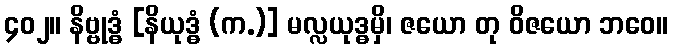
၄၀၂။ နိဗ္ဗုဒ္ဓံ [နိယုဒ္ဓံ (က.)] မလ္လယုဒ္ဓမှိ၊ ဇယော တု ဝိဇယော ဘဝေ။